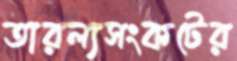
তারল্যসংকটের